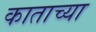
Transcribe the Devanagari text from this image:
काताच्या